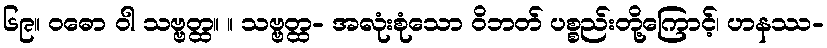
၆၉။ ဝဓော ဝါ သဗ္ဗတ္ထ။ ။ သဗ္ဗတ္ထ- အလုံးစုံသော ဝိဘတ် ပစ္စည်းတို့ကြောင့်၊ ဟနဿ-